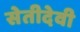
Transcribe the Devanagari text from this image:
सेतीदेवी